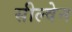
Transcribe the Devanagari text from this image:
सील्वेन